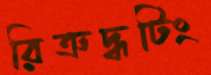
রিত্রুদ্ধটিং